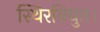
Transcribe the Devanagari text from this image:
स्थिरविद्युत।